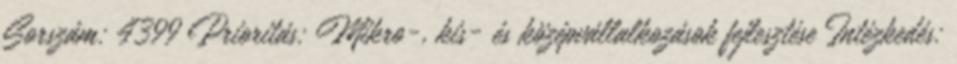
Sorszám: 4399 Prioritás: Mikro-, kis- és középvállalkozások fejlesztése Intézkedés: